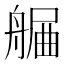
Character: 𦩯